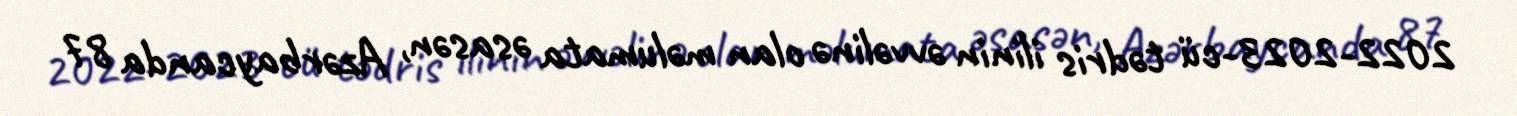
2022-2023-cü tədris ilinin əvvəlinə olan məlumata əsasən, Azərbaycanda 87